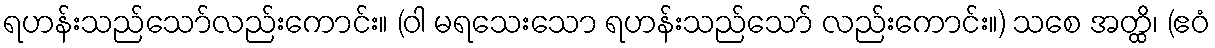
ရဟန်းသည်သော်လည်းကောင်း။ (ဝါ မရသေးသော ရဟန်းသည်သော် လည်းကောင်း။) သစေ အတ္ထိ၊ (ဧဝံ